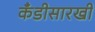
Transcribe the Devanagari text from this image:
कँडीसारखी